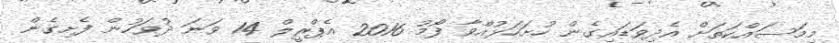
މިމަސައްކަތަށް އެދިވަޑައިގެން ހުށަހަޅުއްވާ ފޯމު 2016 އެޕްރީލް 14 ވަނަ ދުވަހުން ފެށިގެން